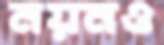
নয়নও